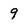
Character: 9